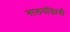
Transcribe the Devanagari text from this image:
नालगोंडाची